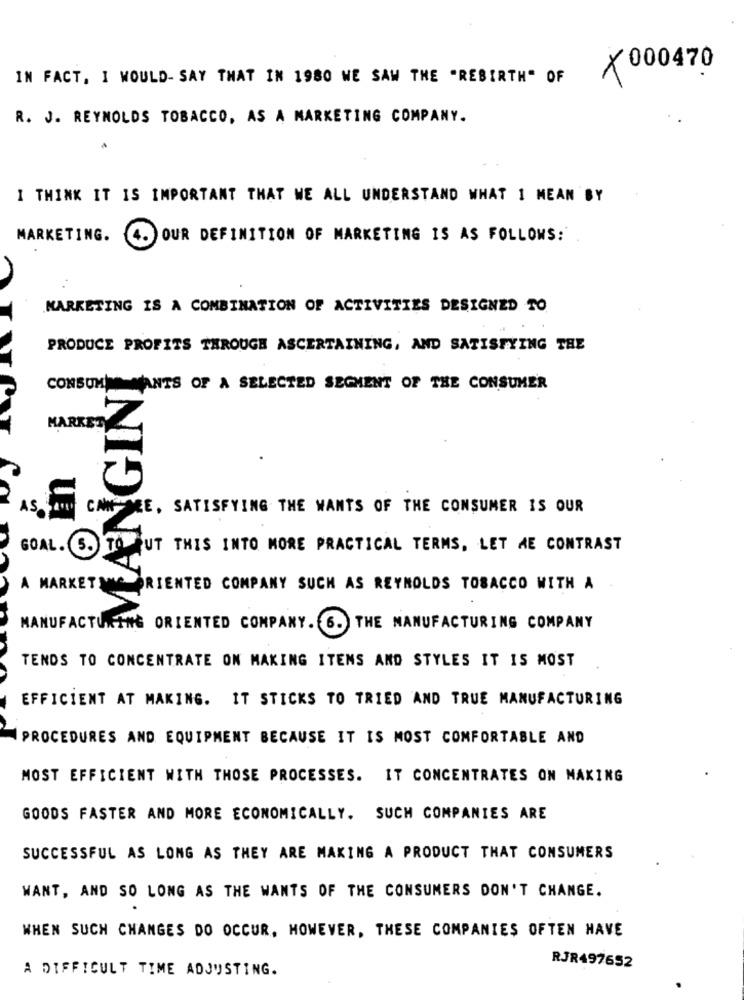
X000470
IN FACT, I WOULD- SAY THAT IN 1980 WE SAW THE "REBIRTH" OF
R. J. REYNOLDS TOBACCO, AS A MARKETING COMPANY.
I THINK IT IS IMPORTANT THAT WE ALL UNDERSTAND WHAT I MEAN BY
MARKETING.
OUR DEFINITION OF MARKETING IS AS FOLLOWS:
MARKETING IS A COMBINATION OF ACTIVITIES DESIGNED TO
PRODUCE PROFITS THROUGH ASCERTAINING, AND SATISFYING THE
CONSOMM MANTS OF A SELECTED SEGMENT OF THE CONSUMER
MARKET
AS
CAN SEE, SATISFYING THE WANTS OF THE CONSUMER IS OUR
GOAL. S. TO PUT THIS INTO MORE PRACTICAL TERMS, LET ME CONTRAST
A MARKETING ORIENTED COMPANY SUCH AS REYNOLDS TOBACCO WITH A
MANUFACTURING ORIENTED COMPANY. 6. THE MANUFACTURING COMPANY
TENDS TO CONCENTRATE ON MAKING ITENS AND STYLES IT IS MOST
EFFICIENT AT MAKING. IT STICKS TO TRIED AND TRUE MANUFACTURING
PROCEDURES AND EQUIPMENT BECAUSE IT IS MOST COMFORTABLE AND
MOST EFFICIENT WITH THOSE PROCESSES. IT CONCENTRATES ON MAKING
GOODS FASTER AND MORE ECONOMICALLY. SUCH COMPANIES ARE
SUCCESSFUL AS LONG AS THEY ARE MAKING A PRODUCT THAT CONSUMERS
WANT, AND SO LONG AS THE WANTS OF THE CONSUMERS DON'T CHANGE.
WHEN SUCH CHANGES DO OCCUR, HOWEVER, THESE COMPANIES OFTEN HAVE
RJR497652
A DIFFICULT TIME ADJUSTING.